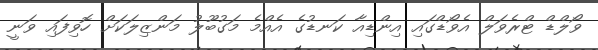
ވޯލްޑް ޓްރެވަލް އެވޯޑްގައި އިންޑިއާ ކަނޑުގެ އެއްމެ މަގުބޫލު މަންޒިލަކަށް ހޮވިފައި ވަނީ